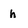
Character: h